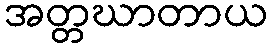
အတ္တဃာတာယ